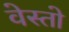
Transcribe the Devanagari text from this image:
वेस्तो